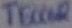
Text: TECCOR